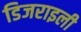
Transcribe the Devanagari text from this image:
डिजराइली